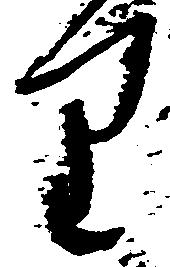
り